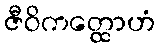
ဇီဝိကတ္ထောဟံ